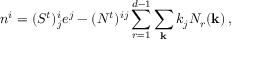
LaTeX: n ^ { i } = ( S ^ { t } ) _ { j } ^ { i } e ^ { j } - ( N ^ { t } ) ^ { i j } \sum _ { r = 1 } ^ { d - 1 } \sum _ { \bf k } k _ { j } N _ { r } ( { \bf k } ) \, ,